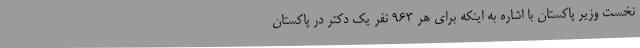
نخست وزیر پاکستان با اشاره به اینکه برای هر 963 نفر یک دکتر در پاکستان